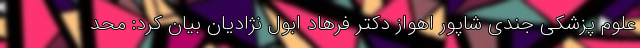
علوم پزشکی جندی شاپور اهواز دکتر فرهاد ابول نژادیان بیان کرد: محد